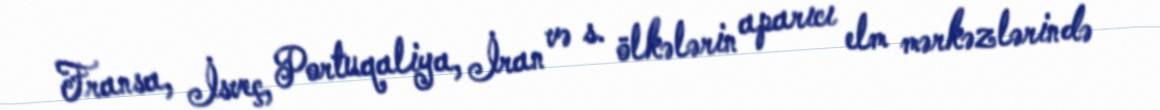
Fransa, İsveç, Portuqaliya, İran və s. ölkələrin aparıcı elm mərkəzlərində